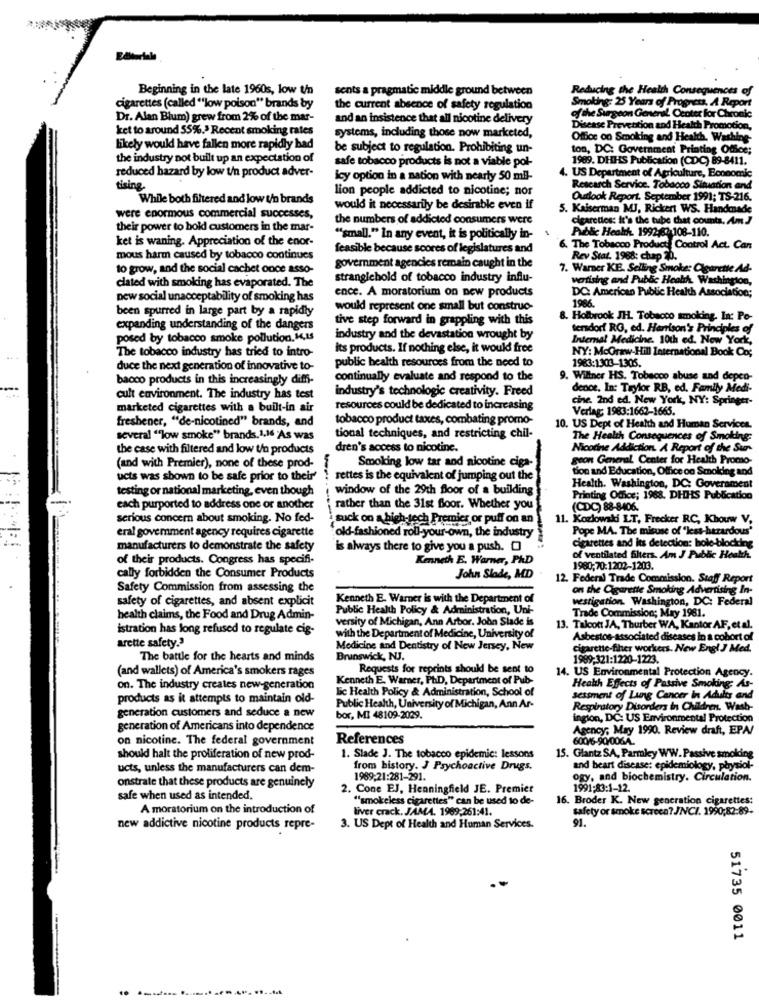
Beginning in the late 1960s, low t/n
sents a pragmatic middle ground between
Reducing the Health Consequences of
Smoking: 25 Years of Progress, A Report
cigarettes (called ""low poison" brands by
the current absence of safety regulation
Dr. Alan Blum) grew from 2% of the mar-
and an insistence that all nicotine delivery
of the Surgeon General. Center for Chronic
ket to around 55%.> Recent smoking rates
Disease Prevention and Health Promotion,
systems, including those now marketed,
Office on Smoking and Health, Washing-
likely would have fallen more rapidly bad
be subject to regulation. Prohibiting un-
ton, DC: Government Printing Office;
the industry not built up an expectation of
safe tobacco products is not a viable pol-
1989. DHHS Publication (CDC) 89-8411.
reduced hazard by low t/n product adver-
icy option in a nation with nearly 50 ml-
4. US Department of Agriculture, Boonomic
tising.
lion people addicted to nicotine; nor
Rescarch Service. Tobacco Situation and
While both filtered and low t/n brands
Outlook Report. September 1991; TS-216.
would it necessarily be desirable even if
5. Kaiserman MJ, Rickert WS. Handmade
were enormous commercial successes,
the numbers of addicted consumers were
cigarettes: It's the tube that counts, AmJ
their power to hold customers in the mar-
Public Health. 1992/87:108-110.
ket is waning. Appreciation of the enor-
""small." In any event, it is politically in-
feasible because scores of legislatures and
The Tobacco Products Control Act. Can
mous harm caused by tobacco continues
Rev Stat. 1968: chap 20.
to grow, and the social cachet once asso-
government agencies remain caught in the
7. Warner KE. Selling Smoke: Cigarette Ad-
stranglehold of tobacco industry influ-
watising and Public Health, Washington,
clated with smoking has evaporated. The
DC: American Public Health Association;
new social unacceptability of smoking has
ence. A moratorium on new products
been spurred in large part by a rapidly
would represent one small but construc-
1986.
tive step forward in grappling with this
8. Holbrook JH. Tobacco smoking. In: Po-
expanding understanding of the dangers
tersdorf RO, ed. Harrison's Principles of
posed by tobacco smoke pollution. i,15
industry and the devastation wrought by
Internal Medicine. 10th ed. New York,
The tobacco industry has tried to intro-
its products. If nothing else, it would free
NY: Mcgraw-Hill International Book Co;
public health resources from the need to
duce the next generation of innovative to-
1983:1303-1305.
bacco products in this increasingly diffi-
continually evaluate and respond to the
9. Williner HS. Tobacco abuse and depen-
industry's technologie creativity. Freed
dence, In: Taylor RB, ed. Family Medi-
cult environment. The industry has test
cine. 2nd ed. New York, NY: Springer-
marketed cigarettes with a built-in air
resources could be dedicated to increasing
Verlag: 1983:1662-1665.
freshener, "de-nicotined" brands, and
tobacco product taxes, combating promo-
10. US Dept of Health and Human Services.
several ""low smoke" brands. 1,16 As was
tional techniques, and restricting chil-
The Health Consequences of Smoking:
the case with filtered and low t/a products
dren's access to nicotine.
Nicotine Addiction. A Report of the Sur-
Smoking low tar and nicotine ciga-
geon General Center for Health Promo-
(and with Premier), none of these prod-
tion and Education, Office on Smoking and
ucts was shown to be safe prior to their'
rettes is the equivalent of jumping out the
testing or national marketing, even though
window of the 29th floor of a building
Health. Washington, DC: Government
Printing Office; 1988. DHHS Publication
each purported to address one or another
rather than the 31st floor. Whether you
(CDC) 88-8406.
serious concern about smoking. No fed-
suck on a high-tech Premier or puff on an)
11. Kozlowski LT, Frecker RC, Khouw V.
eral government agency requires cigarette
Pope MA. The misuse of "less-hazardous'
"old-fashioned roll-your-own, the industry
cigarettes and its detection: hole-blocking
manufacturers to demonstrate the safety
is always there to give you a push.
of their products. Congress has specifi-
Kenneth E. Warner, PhD
of ventilated filters. Am J Public Health
1980;70:1202-1203.
cally forbidden the Consumer Products
John Slade, MD
12. Federal Trade Commission. Staff Report
Safety Commission from assessing the
on the Cigarette Smoking Advertising In-
safety of cigarettes, and absent explicit
Kenneth E. Warner is with the Department of
vestigation. Washington, DC: Federal
Public Health Policy & Administration, Uni-
Trade Commission; May 1981.
health claims, the Food and Drug Admin-
versity of Michigan, Ann Arbor. John Slade is
istration has long refused to regulate cig-
13. Talcott JA, Thurber WA, Kantor AF, et al.
arette safety.3
with the Department of Medicine, University of
Asbestos-associated diseases in a cohort of
Medicine and Dentistry of New Jersey, New
cigarette-fiher workers. New Engl J Med.
The battle for the hearts and minds
Brunswick, NJ.
1989:321:1220-1223.
(and wallets) of America's smokers rages
Requests for reprints should be sent to
14. US Environmental Protection Agency.
Kenneth E. Warner, Ph.D, Department of Pub-
on. The industry creates new-generation
lic Health Policy & Administration, School of
Health Effects of Passive Smoking: As-
products as it attempts to maintain old-
sessment of Lung Cancer In Adults and
Public Health, University of Michigan, Ann Ar-
Respiratory Disorders in Children. Wash-
generation customers and seduce a new
bor, MI 48109-2029.
ingion, DC: US Environmental Protection
generation of Americans into dependence
Agency; May 1990. Review draft, EPA/
on nicotine. The federal government
References
600/6-90/0064.
should halt the proliferation of new prod-
1. Slade J. The tobacco epidemic: lessons
15. Glantz SA, Parmkey WW. Passive smoking
ucts, unless the manufacturers can dem-
from history. J Psychoactive Drugs,
and heart disease: epidemiology, physiol-
1989:21:281-291.
ogy, and biochemistry. Circulation.
onstrate that these products are genuinely
2. Cone EJ. Henningfield JE. Premier
1991:83:1-12.
safe when used as intended.
""smokeless cigarettes" can be used to de-
16. Broder K. New generation cigarettes:
A moratorium on the introduction of
liver crack. JAMA. 1969,261:41.
safety or smoke screen? JNCI. 1990;82:89-
91.
new addictive nicotine products repre-
3. US Dept of Health and Human Services.
51735 0011